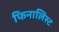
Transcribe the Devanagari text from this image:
फिनालिस्ट